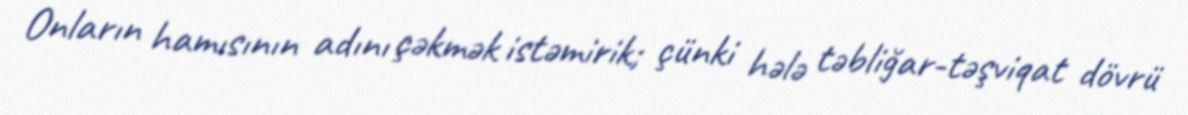
Onların hamısının adını çəkmək istəmirik; çünki hələ təbliğar-təşviqat dövrü